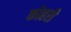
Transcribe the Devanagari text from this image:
कोहरी